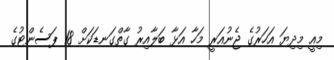
މިއީ މިދިޔަ އަހަރުގެ ޖެނުއަރީ މަހާ އަޅާ ބަލާއިރު ގާތްގަނޑަކަށް 18 ޕަސެންޓުގެ